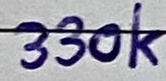
Text: 330k